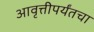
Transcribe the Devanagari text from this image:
आवृत्तीपर्यंतचा